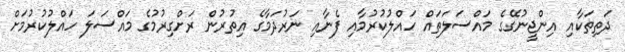
ދަތިތަކާއި އިންޖީނުގޭގެ މައްސަލަތައް ހައްލުކުރުމާއި ފެނާއި ނަރުދަމާގެ އިތުރުން ރަށްގިރުމުގެ މައްސަލަ ހައްލުކުރުމަށް